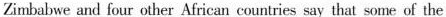
Zimbabwe and four other African countries say that some of the